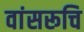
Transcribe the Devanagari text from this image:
वांसरूचि